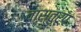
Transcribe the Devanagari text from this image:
वास्तुरूप